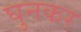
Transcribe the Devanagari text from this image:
घुनकर